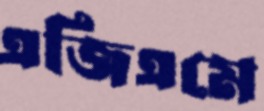
এজিএমে